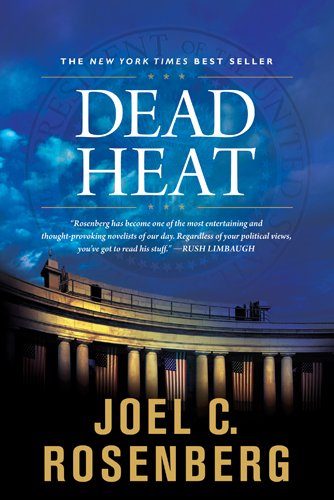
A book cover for Dead Heat (Political Thrillers, No. 5); Joel C. Rosenberg; Christian Books & Bibles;